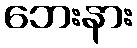
ဘေးနား